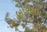
બોરીયમ